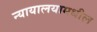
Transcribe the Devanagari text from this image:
न्यायालयामधील